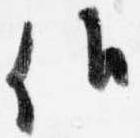
候